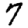
Digit: 7